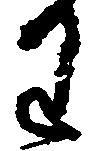
わ